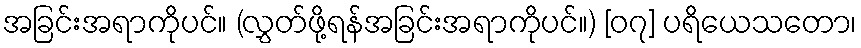
အခြင်းအရာကိုပင်။ (လွှတ်ဖို့ရန်အခြင်းအရာကိုပင်။) [၀၇] ပရိယေသတော၊